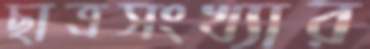
ছাত্রসংখ্যার